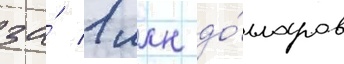
за́ 1 млн до́лларов